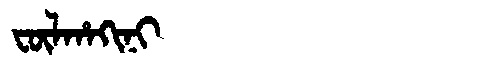
Manchu: ᡶᡡᠯᡥᠠᡴᡳᠨᡳ
Romanization: FŪLHAKINI